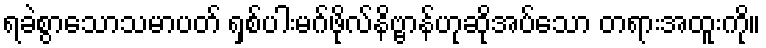
ရခဲစွာသောသမာပတ် ရှစ်ပါးမဂ်ဖိုလ်နိဗ္ဗာန်ဟုဆိုအပ်သော တရားအထူးကို။